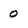
Character: 0